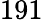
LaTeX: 191